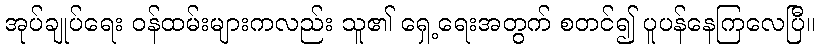
အုပ်ချုပ်ရေး ဝန်ထမ်းများကလည်း သူ၏ ရှေ့ရေးအတွက် စတင်၍ ပူပန်နေကြလေပြီ။